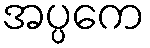
အပ္ပကေ